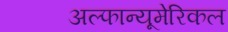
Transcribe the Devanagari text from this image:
अल्फान्यूमेरिकल